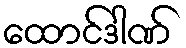
ထောင်ဒါဏ်